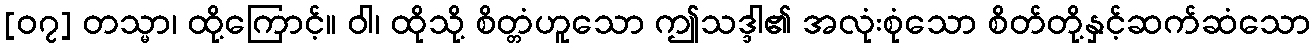
[၀၇] တသ္မာ၊ ထို့ကြောင့်။ ဝါ၊ ထိုသို့ စိတ္တံဟူသော ဤသဒ္ဒါ၏ အလုံးစုံသော စိတ်တို့နှင့်ဆက်ဆံသော